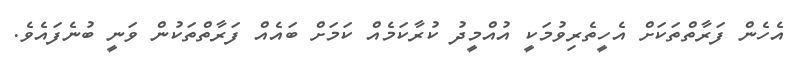
އެހެން ފަރާތްތަކަށް އެހީތެރިވުމަކީ އުއްމީދު ކުރާކަމެއް ކަމަށް ބައެއް ފަރާތްތަކުން ވަނީ ބުނެފައެވެ.